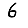
Digit: 6